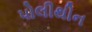
પોલીથીન